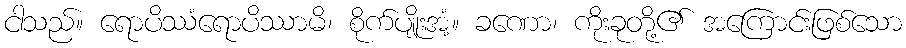
ငါသည်။ ရောပိဿံရောပိဿာမိ၊ စိုက်ပျိုးအံ့။ ခဏော၊ ကိုးခုတို့၏ အကြောင်းဖြစ်သော